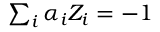
\begin{array} { r } { \sum _ { i } \alpha _ { i } Z _ { i } = - 1 } \end{array}